Calcutta medical institutions reports 1871-78
Year: 1871
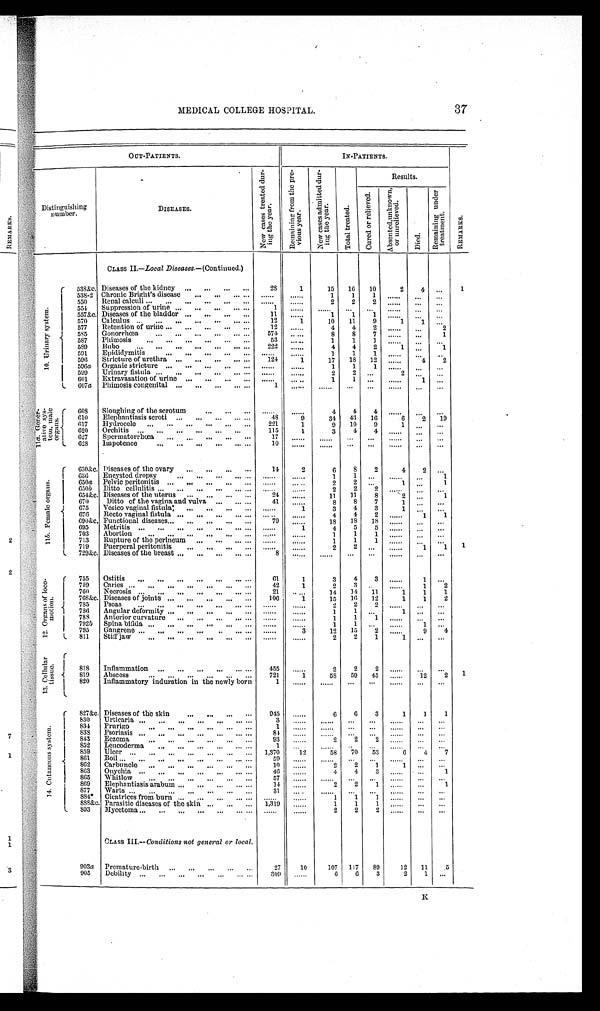
37
MEDICAL COLLEGE HOSPITAL.
OUT-PATIENTS.
IN-PATIENTS.
R E M A R K S .
Distinguishing
number.
DISEASES.
Ne w c a s e s t r e a t e d d u r -
i ng t he year.
R e m a i n i n g f r o m p r e - v i o u s
y e a r .
N e w c a s e s a d m i t t e d d u r -
i n g t h e y e a r .
T o t a l t r e a t e d .
Results.
C u r e d o r r e l i e v e d .
A b s e n t e d , u n k n o w n , o r u n r e l i e v e d .
D i e d .
R e m a i n i n g u n d e r
t r e a t m e n t .
CLASS II.—Local Diseases. —(Continued.)
1 0 . U r i n a r y s y s t e m . 538&c. Diseases of the kidney „. ... „, ,,,
28
1
15
16
10
2
1
538-2 Chronic Bright's disease
...
..
1
1
1
......
...
...
550
Renal calculi ...
...
„,
2
2
2
......
—
-.
551
Suppression of urine ...
„,
„,
.„ ...
1
557ke. Diseases of the bladder ...
,..
...
..,
Y1
......
1
1
1
......
...
...
570
Calculus ...
...
,„
...
,..
... ...
12
1
10
11
9
1
577
Retention of urine ...
..,
...
...
..,
12
....
4
4
2
...
2
2
55'
Gonorrhoea
..
, .. ...
574
...
S
8
7
......
. . .
1
-
iiS7
Plihnosis
..,
,..
,„
..,
..,
53
......
1
1
1
......
...
...
5S9
Bubo
.
...
".
.„
... ....
222
......
4
4
2
1
1
591
Epididymiti
..,
„.
. .
1
1
1 ......
...
...
596
Stricture of urethra ..,
...
...
... ...
121
1
17
18
12 ......
4
2
c
fi
ts riii cLure .. ... ... ... ...
1
1
1
......
...
...
Nr -(illrfl lfg,'
... ... ... ..
2
9
001
Extravasation of urine ...
...
...
... ......
. .
. ..
1
1 ...
......
1
...
L 607a Phimosis congenital ...
...
...
„, ..,
1
"...
.
......
.„
...
(
608
Sloughing of the scrotum
4
4
4 ......
010
Elephantiasis scroti scroti
... ...
..
.
...
48
9
34
40
16
6
2
19
017
Ilydrocele ...
...
...
...
...
„,
221
1
9
10
9
1
' ,
, r,
620
Orchitis _.
—
—
—
—
-.
115
1
3
4
4 ......
. . .
.-.
627
Spermatorrlicca
.„
..,
.,.
...
...
17
.
......
.„
...
1..
628
Impotence
...
..
.
... ...
... ...
10
...
...
......
...
...
I 630&c. Diseases of the ovary
..,
..,
„,
..,
14
2
6
8
2
4
630
Encysted dropsy
1
1 ...
......
...
1
gra
Pelvic peeltirtiitsis.. „,
„,
...
„ ,
... ......
... ..
2
2
1 .., ..
...1
...
...
...
. . .
...
2
2
2
... '' .
654&,c Diseases of the uterus ...
...
...
...
24
......
11
11
8
2 ....
1
670
Ditto of the vagina and. vulva ...
„. ...
41
8
8
7
1
...
675
Vesico vaginal fistula
...
..,
...
... ......
.... .i.
3
4
3
1 ...
...
676
Recto vaginal fistula, ...
...
...
... .„ ... ..
......
4
4
2 ......
1
1
690kc Functional diseases...
...
...
...
...
79
......
18
18
18 ......
.. .
...
695
11Ietritis ...
...
...
..,
...
.,. ... ......
1
4
5
5 ......
. . .
...
703
Abortion
...
...
.„
..,
,..
... . .....
1
1
1 ....
. . .
...
713
Rupture of the perineum ...
...
...
1
1
1 ......
..,
...
1
I
719
Puerperal peritoniti
„,
„,
.„
,
2
2 ...
......
1
1
I. 729&.c Diseases of the breast ...
...
...
... ...
8
......
”.
—
......
."
...
f
755
Ostitis
...
...
...
...
...
... ...
01
1
3
4
3
......
1
...
759
Caries ...
...
...
...
..,
„.
...
4.2
1
2
3
......
1
2
760
Necrosis ...
...
,..
...
...
... ...
21 ; .. ..,
14
14
11
1
1
1
76S&c. Diseases of joints ...
.,.
.„
...
...
106 '
1
15
16
12
1
1
2
785
Psoas
...
...
4”
..
...
2
2
2
.....
,..
..,
1
786
.
Angular deformity ...
,„
...
1
1 .,
1
788
Anterior curvature
„.
...
..,
...
1
1
1 ......
...
...
792b Spina bifida ...
...
...
...
.
1
1 ...
......
1 ...
705
Gangrene ...
„,
„,
...
..
... ... ......
3
12
15
2 ......
9
4
L 811
Stiff jaw
2
2
1
1 ...
...
r
I
818
Inflammation „,
„,
„ I
11.0
...
..0
455
......
2
2
2 ......
...
...
1
819
Abscess
721
1
IS
59
45 ......
12
2
820
I.
Inflammatory induration in the newly born
1
-.
-.
......
".
...
(
827&c. Diseases of the skin
945
......
6
6
3
1
1
1
1
830
I.3rticaria „.
,„
,„
. "
'"
". ."
3
.
......
..,
...
1
831
Prurigo
...
...
."
..
...
...
1
. . .
. . .
......
. . .
. . .
838
Psoriasis ...
..,
,„
...
...
... ...
84
...
......
...
...
I
843
Eczema
93
.....
2
2
2 ......
..,
..,
S52
Leucoderma,
„.
,„
...
...
— —
1
......
. .
......
...
...
859
I
-Ulcer ...
..,
..„..
...
— ...
1,370
12
58
70
53
6
4
...7
,
861
Boil ..
. ..
...
... .-
...
. . . ...
59
......
..,
1
862
Carbuncle
...
—
..'
. . .
...
10
......
2
2
1
(
863
Onychia ...
...
..,
...
...
... .....
46
......
4
4
3 ......
...
1
865
Whitlow
."
"'
— ."
"'
".
57
...
...
......
...
...
1
869
. .
Elephantiasis arabum ,,,
...
,,,
... ...
14
......
2
2
1 ......
...
1
877
Warts ...
...
...
...
...
...
...
31
.„ .
......
...
...
......
...
...
881* Cicatrices from bur ...
.
..
1
1
1 ......
...
...
6SS&c. Parasitic diseases of the skin- ..,
...
...
1,319
......
1
1
1 ......
...
...
I.
S93
llycetoma ...
...
. .
.
2
2
2 ......
...
...
CLASS III.--Conditions not general or local.
9030 Premature.birth ...
...
...
...
—
27
10
107 117
89
12
11
5
905
Debility ...
...
...
...
...
— —
309
......
6
6
3
2
K